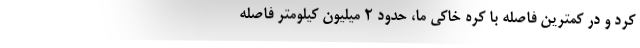
کرد و در کمترین فاصله با کره خاکی ما، حدود ۲ میلیون کیلومتر فاصله